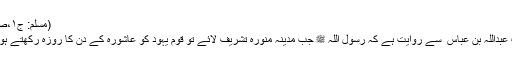
(مسلم: ج۱،ص ۳۶۸)
حضرت عبداللہ بن عباس ؓ سے روایت ہے کہ رسول اللہ ﷺ جب مدینہ منورہ تشریف لائے تو قومِ یہود کو عاشورہ کے دن کا روزہ رکھتے ہوئے پایا۔